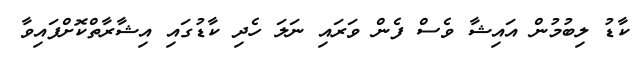
ކާޑު ލިބުމުން އައިޝާ ވެސް ފެން ވަރައި ނަލަ ހެދި ކާޑުގައި އިޝާރާތްކޮށްފައިވާ